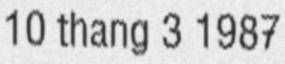
10 thang 3 1987